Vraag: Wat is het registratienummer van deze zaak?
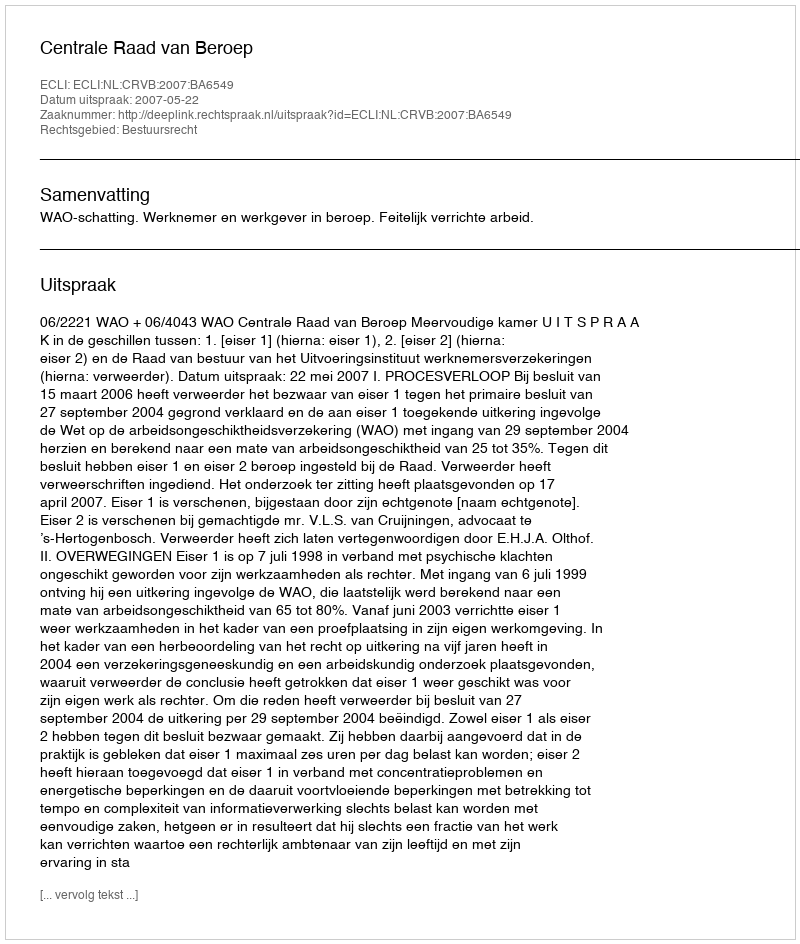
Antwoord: http://deeplink.rechtspraak.nl/uitspraak?id=ECLI:NL:CRVB:2007:BA6549